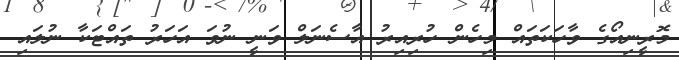
މޮރީނިއޯގެ ވާހަކަތައް މިހެން ހުރިއިރު އާސެނަލް ވަނީ ނުވަ އަހަރު ތައްޓަކާ ނުލައި